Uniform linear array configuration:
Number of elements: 12
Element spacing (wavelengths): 0.75
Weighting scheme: blackman
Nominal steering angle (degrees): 0
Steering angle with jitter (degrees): -0.2364
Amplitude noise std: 0.05
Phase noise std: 0.05

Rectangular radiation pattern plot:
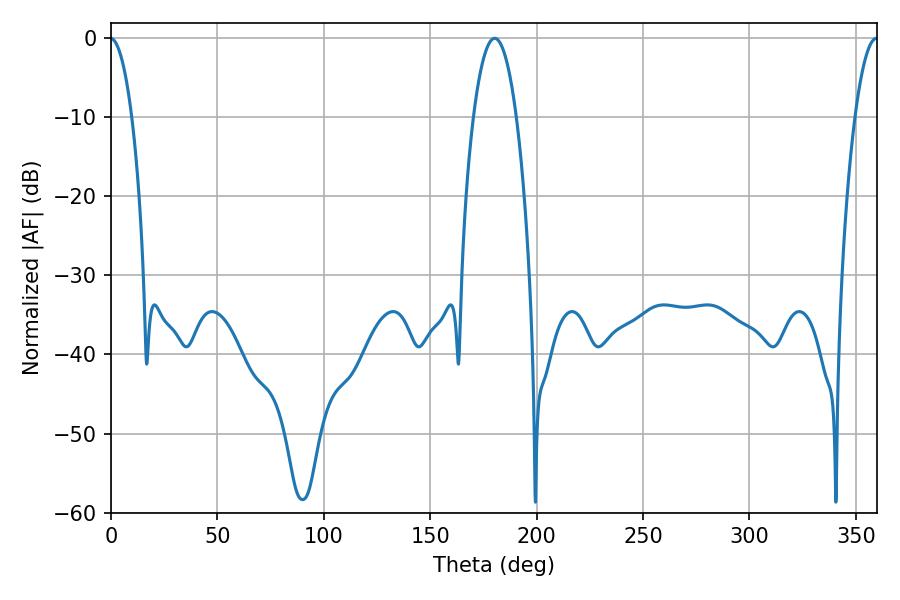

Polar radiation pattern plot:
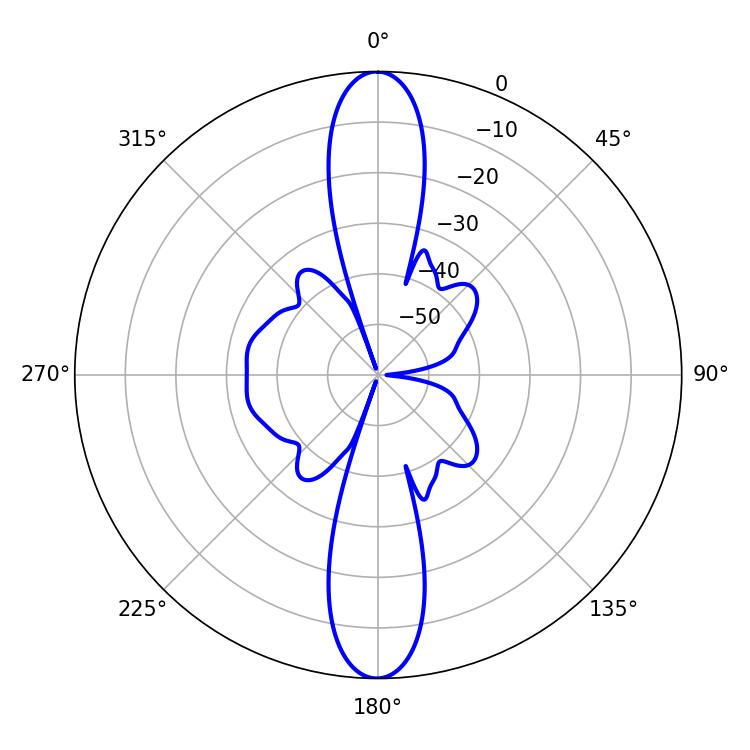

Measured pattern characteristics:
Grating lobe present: TRUE
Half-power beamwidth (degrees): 11.16
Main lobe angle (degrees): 180.36